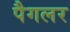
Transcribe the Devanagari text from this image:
पैगलर